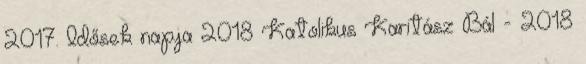
2017. Idősek napja 2018 Katolikus Karitász Bál - 2018